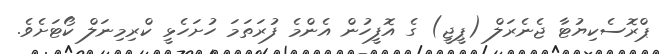
ޕްރޮސެކިޔުޓާ ޖެނެރަލް (ޕީޖީ) ގެ އޮފީހުން އެންމެ ފުރަތަމަ ހުށަހެޅީ ކްރިމިނަލް ކޯޓަށެވެ.